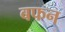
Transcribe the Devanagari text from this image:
बफन